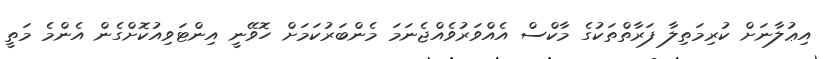
އިޢުލާނަށް ކުރިމަތިލާ ފަރާތްތަކުގެ މާކްސް އެއްވަރުވެއްޖެނަމަ މެންބަރުކަމަށް ހޮވޭނީ އިންޓަވިއުކޮށްގެން އެންމެ މަތީ